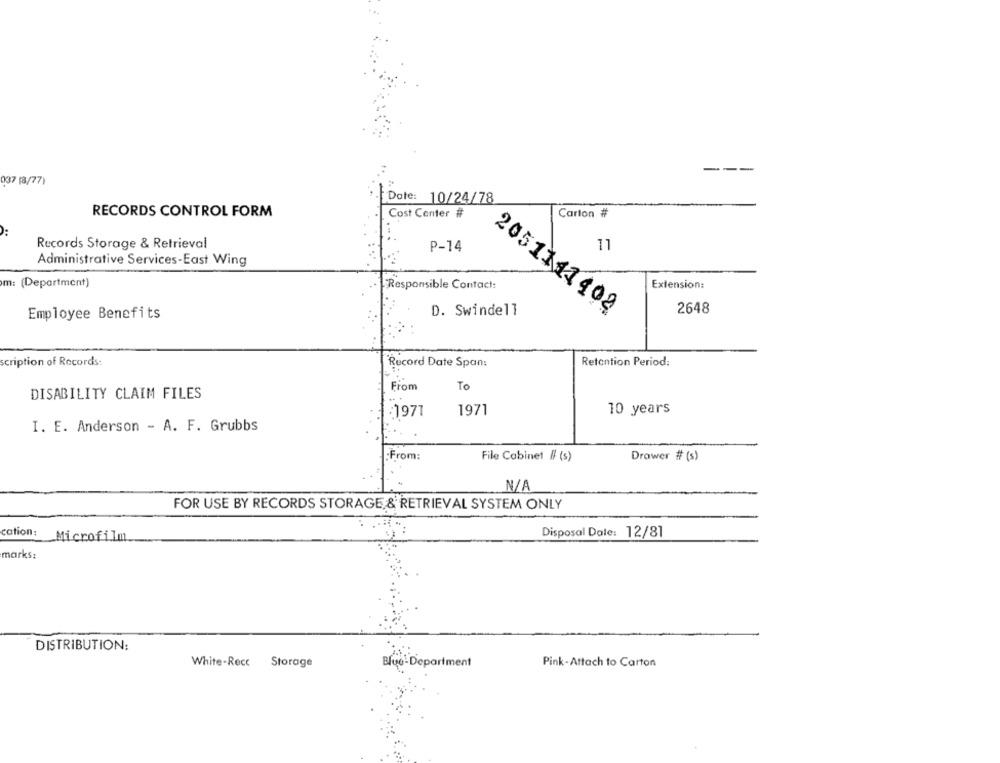
---
037 [8/77)
Date:
10/24/78
RECORDS CONTROL FORM
Cost Center #
Carton #
Records Storage & Retrieval
11
P-14
Administrative Services-East Wing
m: (Department)
Responsible Contact:
Extension:
D. Swindell
2051111 402
2648
Employee Benefits
scription of Records:
Record Date Span:
Retention Period:
From
To
DISABILITY CLAIM FILES
:1977
1971
10 years
I. E. Anderson - A. F. Grubbs
-From:
File Cabinet # (s)
Drawer # (s)
FOR USE BY RECORDS STORAGE & RETRIEVAL SYSTEM ONLY
cation:
Disposal Dole: 12/81
Microfilm.
marks:
DISTRIBUTION:
White-Rece
Storage
Blue-Department
Pink -Attach to Carton